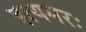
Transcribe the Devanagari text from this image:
इत्यमरः